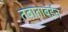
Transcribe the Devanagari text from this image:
तबाताबईन